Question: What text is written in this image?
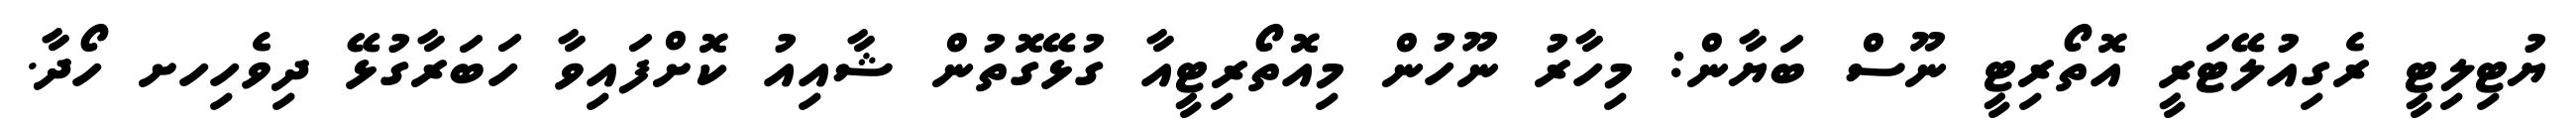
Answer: ޔުޓިލިޓީ ރެގިއުލޭޓަރީ އޮތޯރިޓީ ނޫސް ބަޔާން: މިހާރު ނޫހުން މިއޮތޯރިޓީއާ ގުޅޭގޮތުން ޝާއިއު ކޮށްފައިވާ ހަބަރާގުޅޭ ދިވެހިހށ ހޯދާ.